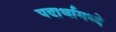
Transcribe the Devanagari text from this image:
पदार्थामध्दे